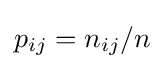
p_{ij}=n_{ij}/n